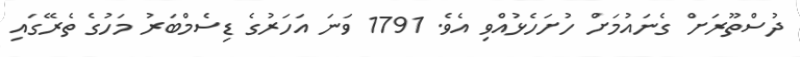
ދުސްތޫރަށް ގެނައުމަށް ހުށަހެޅުއްވި އެވެ. 1791 ވަނަ އަހަރުގެ ޑިސެމްބަރު މަހުގެ ތެރޭގައި